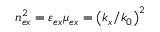
n _ { e x } ^ { 2 } = \varepsilon _ { e x } \mu _ { e x } = \left( k _ { x } / k _ { 0 } \right) ^ { 2 }